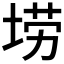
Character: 𫭼